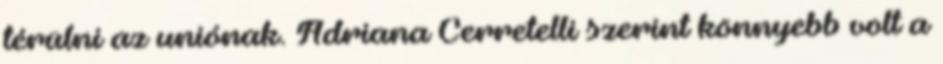
térülni az uniónak. Adriana Cerretelli szerint könnyebb volt a